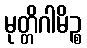
မုတ္တိဂါမိဉ္စ